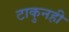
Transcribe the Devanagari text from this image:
टाकुनही